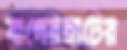
বাগেরহাটের